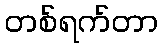
တစ်ရက်တာ